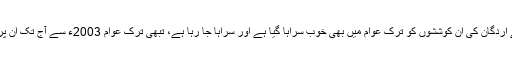
ترکی میں اسلام کے حوالے سے اردگان کی ان کوششوں کو ترک عوام میں بھی خوب سراہا گیا ہے اور سراہا جا رہا ہے، تبھی ترک عوام 2003ء سے آج تک ان پر مسلسل اعتماد کرتی آ رہی ہے۔